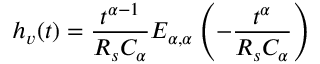
h _ { v } ( t ) = \frac { t ^ { \alpha - 1 } } { R _ { s } C _ { \alpha } } E _ { \alpha , \alpha } \left( - \frac { t ^ { \alpha } } { R _ { s } C _ { \alpha } } \right)